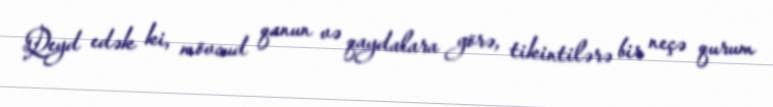
Qeyd edək ki, mövcud qanun və qaydalara görə, tikintilərə bir neçə qurum